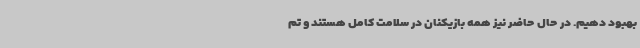
بهبود دهیم. در حال حاضر نیز همه بازیکنان در سلامت کامل هستند و تم